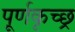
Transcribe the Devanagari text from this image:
पूर्णकृच्छ्र